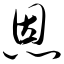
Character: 恩